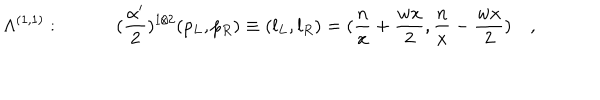
\Lambda ^ { ( 1 , 1 ) } : \quad \quad \quad ( { \frac { \alpha ^ { \prime } } { 2 } } ) ^ { 1 / 2 } ( p _ { L } , p _ { R } ) \equiv ( l _ { L } , l _ { R } ) = ( { \frac { n } { x } } + { \frac { w x } { 2 } } , { \frac { n } { x } } - { \frac { w x } { 2 } } ) \quad ,